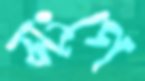
সংগে